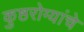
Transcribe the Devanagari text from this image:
कुष्ठरोग्यांचे